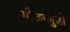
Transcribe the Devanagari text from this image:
गोआलुंडो